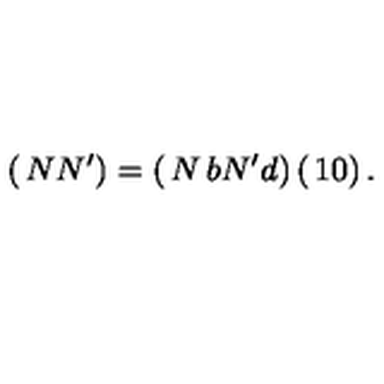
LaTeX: \left( \begin{matrix} { N } \\ { N ^ { \prime } } \\ \end{matrix} \right) = \left( \begin{matrix} { N } & { b } \\ { N ^ { \prime } } & { d } \\ \end{matrix} \right) \left( \begin{matrix} { 1 } \\ { 0 } \\ \end{matrix} \right) .